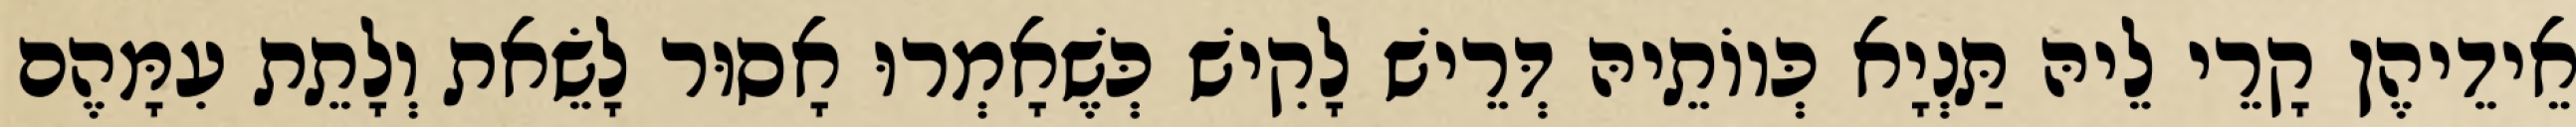
אֵידֵיהֶן קָרֵי לֵיהּ תַּנְיָא כְּווֹתֵיהּ דְּרֵישׁ לָקִישׁ כְּשֶׁאָמְרוּ אָסוּר לָשֵׂאת וְלָתֵת עִמָּהֶם